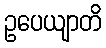
ဥပေယျာတိ